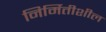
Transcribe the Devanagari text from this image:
निर्मितीशील